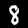
Label: 8